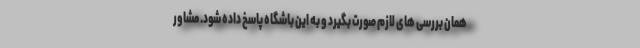
همان بررسی های لازم صورت بگیرد و به این باشگاه پاسخ داده شود. مشاور